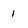
Character: 1